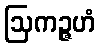
ဩကဉ္ဇဟံ